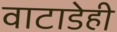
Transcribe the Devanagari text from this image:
वाटाडेही